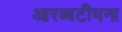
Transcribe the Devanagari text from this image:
आरब्बटीयना